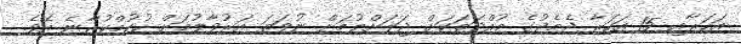
އަހަރާއި 15 އަހަރާ ދެމެދުގެ މުއްދަތަކަށް ޖަލަށްލުމަށް ނުވަތަ އަރުވާލުމަށް ހުކުމްކުރާނެ އެވެ.